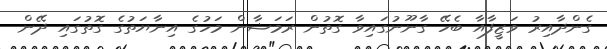
ގެންދާއިރު ވަޒީފާއާ ބެހޭ ގާނޫނުގައިވާ ގޮތުން ރަމަޟާން މަހުގެ އިނާޔަތުގެ ގޮތުގައި ދޭން